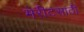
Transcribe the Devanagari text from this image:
मेरीटसाठी